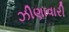
ઝીણાવારી